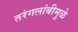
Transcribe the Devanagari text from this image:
तरंगलांबीमुळे